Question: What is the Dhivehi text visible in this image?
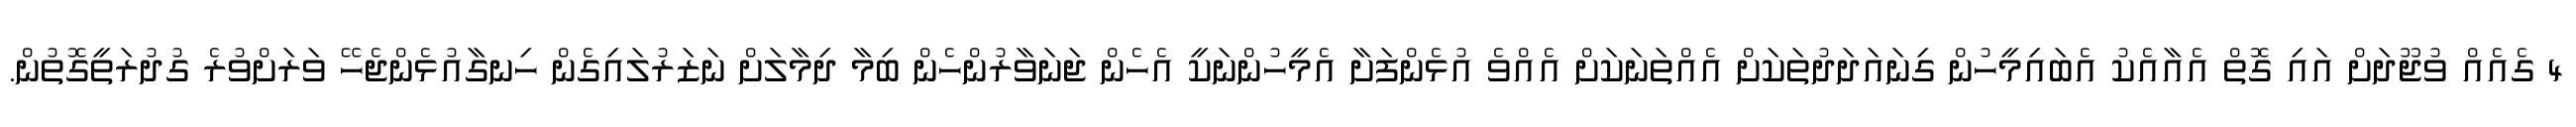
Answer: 4 ގެއެއް ވުޖޫދަށް އައި ގޮތް އެއާއެކު އެބައިމީހުން ގިނައަދަދުތަކަށް އެއްތަނަކަށް އެއްވެ އުޅެންފަށާ އެމީހުންނަކީ އެހެން ޖަނަވާރުންހެން ބިމާ ދިމާލަށް ނަޒަރުލައިގެން ހިނގާއުޅެންޖެހޭ ވަރަށްވުރެ ގުދުރަތީގޮތުން.